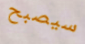
سيصبح